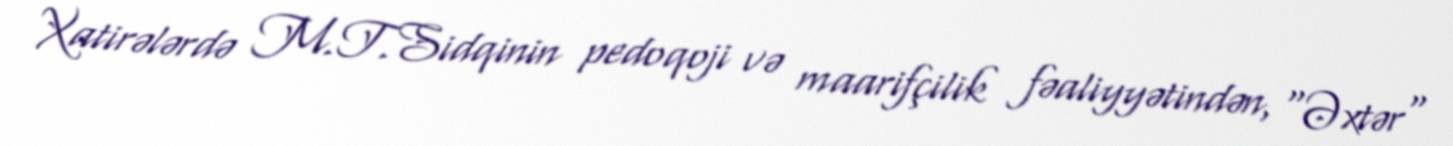
Xatirələrdə M.T.Sidqinin pedoqoji və maarifçilik fəaliyyətindən, "Əxtər"